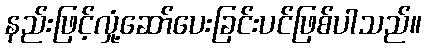
နည်းဖြင့်လှုံ့ဆော်ပေးခြင်းပင်ဖြစ်ပါသည်။